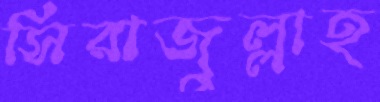
সিরাজুল্লাহ